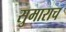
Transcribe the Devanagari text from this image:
सुमाराच